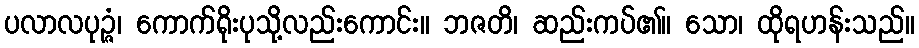
ပလာလပုဉ္ဇံ၊ ကောက်ရိုးပုသို့လည်းကောင်း။ ဘဇတိ၊ ဆည်းကပ်၏။ သော၊ ထိုရဟန်းသည်။